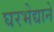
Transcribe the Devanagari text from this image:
घरभेद्याने